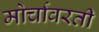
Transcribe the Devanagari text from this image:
मोर्चावरती